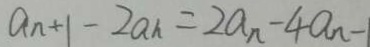
a _ { n + 1 } - 2 a n = 2 a _ { n } - 4 a _ { n } - 1